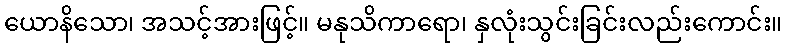
ယောနိသော၊ အသင့်အားဖြင့်။ မနုသိကာရော၊ နှလုံးသွင်းခြင်းလည်းကောင်း။